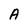
Character: A